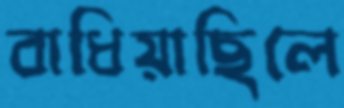
বাধিয়াছিলে